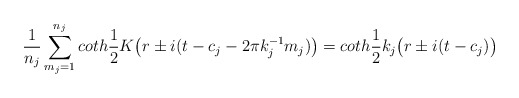
\begin{align*}\frac{1}{n_j} \sum_{m_j=1}^{n_j} coth\frac{1}{2}K\bigl(r\pm i(t-c_j-2\pi k_j^{-1} m_j)\bigr) = coth\frac{1}{2}k_j\bigl(r\pm i(t-c_j)\bigr)\end{align*}